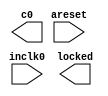
// This program was cloned from: https://github.com/jotego/jtcores
// License: GNU General Public License v3.0

// megafunction wizard: %ALTPLL%VBB%
// GENERATION: STANDARD
// VERSION: WM1.0
// MODULE: altpll 

// ============================================================
// Megafunction Name(s):
// 			altpll
//
// Simulation Library Files(s):
// 			altera_mf
// ============================================================
// ************************************************************
// THIS IS A WIZARD-GENERATED FILE. DO NOT EDIT THIS FILE!
//
// 22.1std.2 Build 922 07/20/2023 SC Lite Edition
// ************************************************************

//Copyright (C) 2023  Intel Corporation. All rights reserved.
//Your use of Intel Corporation's design tools, logic functions 
//and other software and tools, and any partner logic 
//functions, and any output files from any of the foregoing 
//(including device programming or simulation files), and any 
//associated documentation or information are expressly subject 
//to the terms and conditions of the Intel Program License 
//Subscription Agreement, the Intel Quartus Prime License Agreement,
//the Intel FPGA IP License Agreement, or other applicable license
//agreement, including, without limitation, that your use is for
//the sole purpose of programming logic devices manufactured by
//Intel and sold by Intel or its authorized distributors.  Please
//refer to the applicable agreement for further details, at
//https://fpgasoftware.intel.com/eula.

module jtframe_pll6293 (
	areset,
	inclk0,
	c0,
	locked);

	input	  areset;
	input	  inclk0;
	output	  c0;
	output	  locked;
`ifndef ALTERA_RESERVED_QIS
// synopsys translate_off
`endif
	tri0	  areset;
`ifndef ALTERA_RESERVED_QIS
// synopsys translate_on
`endif

endmodule

// ============================================================
// CNX file retrieval info
// ============================================================
// Retrieval info: PRIVATE: ACTIVECLK_CHECK STRING "0"
// Retrieval info: PRIVATE: BANDWIDTH STRING "1.000"
// Retrieval info: PRIVATE: BANDWIDTH_FEATURE_ENABLED STRING "1"
// Retrieval info: PRIVATE: BANDWIDTH_FREQ_UNIT STRING "MHz"
// Retrieval info: PRIVATE: BANDWIDTH_PRESET STRING "Low"
// Retrieval info: PRIVATE: BANDWIDTH_USE_AUTO STRING "1"
// Retrieval info: PRIVATE: BANDWIDTH_USE_PRESET STRING "0"
// Retrieval info: PRIVATE: CLKBAD_SWITCHOVER_CHECK STRING "0"
// Retrieval info: PRIVATE: CLKLOSS_CHECK STRING "0"
// Retrieval info: PRIVATE: CLKSWITCH_CHECK STRING "0"
// Retrieval info: PRIVATE: CNX_NO_COMPENSATE_RADIO STRING "1"
// Retrieval info: PRIVATE: CREATE_CLKBAD_CHECK STRING "0"
// Retrieval info: PRIVATE: CREATE_INCLK1_CHECK STRING "0"
// Retrieval info: PRIVATE: CUR_DEDICATED_CLK STRING "c0"
// Retrieval info: PRIVATE: CUR_FBIN_CLK STRING "c0"
// Retrieval info: PRIVATE: DEVICE_SPEED_GRADE STRING "Any"
// Retrieval info: PRIVATE: DIV_FACTOR0 NUMERIC "1"
// Retrieval info: PRIVATE: DUTY_CYCLE0 STRING "50.00000000"
// Retrieval info: PRIVATE: EFF_OUTPUT_FREQ_VALUE0 STRING "50.344002"
// Retrieval info: PRIVATE: EXPLICIT_SWITCHOVER_COUNTER STRING "0"
// Retrieval info: PRIVATE: EXT_FEEDBACK_RADIO STRING "0"
// Retrieval info: PRIVATE: GLOCKED_COUNTER_EDIT_CHANGED STRING "1"
// Retrieval info: PRIVATE: GLOCKED_FEATURE_ENABLED STRING "0"
// Retrieval info: PRIVATE: GLOCKED_MODE_CHECK STRING "0"
// Retrieval info: PRIVATE: GLOCK_COUNTER_EDIT NUMERIC "1048575"
// Retrieval info: PRIVATE: HAS_MANUAL_SWITCHOVER STRING "1"
// Retrieval info: PRIVATE: INCLK0_FREQ_EDIT STRING "27.000"
// Retrieval info: PRIVATE: INCLK0_FREQ_UNIT_COMBO STRING "MHz"
// Retrieval info: PRIVATE: INCLK1_FREQ_EDIT STRING "100.000"
// Retrieval info: PRIVATE: INCLK1_FREQ_EDIT_CHANGED STRING "1"
// Retrieval info: PRIVATE: INCLK1_FREQ_UNIT_CHANGED STRING "1"
// Retrieval info: PRIVATE: INCLK1_FREQ_UNIT_COMBO STRING "MHz"
// Retrieval info: PRIVATE: INTENDED_DEVICE_FAMILY STRING "Cyclone 10 LP"
// Retrieval info: PRIVATE: INT_FEEDBACK__MODE_RADIO STRING "1"
// Retrieval info: PRIVATE: LOCKED_OUTPUT_CHECK STRING "1"
// Retrieval info: PRIVATE: LONG_SCAN_RADIO STRING "1"
// Retrieval info: PRIVATE: LVDS_MODE_DATA_RATE STRING "Not Available"
// Retrieval info: PRIVATE: LVDS_MODE_DATA_RATE_DIRTY NUMERIC "0"
// Retrieval info: PRIVATE: LVDS_PHASE_SHIFT_UNIT0 STRING "deg"
// Retrieval info: PRIVATE: MIG_DEVICE_SPEED_GRADE STRING "Any"
// Retrieval info: PRIVATE: MIRROR_CLK0 STRING "0"
// Retrieval info: PRIVATE: MULT_FACTOR0 NUMERIC "1"
// Retrieval info: PRIVATE: NORMAL_MODE_RADIO STRING "0"
// Retrieval info: PRIVATE: OUTPUT_FREQ0 STRING "50.34400000"
// Retrieval info: PRIVATE: OUTPUT_FREQ_MODE0 STRING "1"
// Retrieval info: PRIVATE: OUTPUT_FREQ_UNIT0 STRING "MHz"
// Retrieval info: PRIVATE: PHASE_RECONFIG_FEATURE_ENABLED STRING "1"
// Retrieval info: PRIVATE: PHASE_RECONFIG_INPUTS_CHECK STRING "0"
// Retrieval info: PRIVATE: PHASE_SHIFT0 STRING "0.00000000"
// Retrieval info: PRIVATE: PHASE_SHIFT_STEP_ENABLED_CHECK STRING "0"
// Retrieval info: PRIVATE: PHASE_SHIFT_UNIT0 STRING "deg"
// Retrieval info: PRIVATE: PLL_ADVANCED_PARAM_CHECK STRING "0"
// Retrieval info: PRIVATE: PLL_ARESET_CHECK STRING "1"
// Retrieval info: PRIVATE: PLL_AUTOPLL_CHECK NUMERIC "1"
// Retrieval info: PRIVATE: PLL_ENHPLL_CHECK NUMERIC "0"
// Retrieval info: PRIVATE: PLL_FASTPLL_CHECK NUMERIC "0"
// Retrieval info: PRIVATE: PLL_FBMIMIC_CHECK STRING "0"
// Retrieval info: PRIVATE: PLL_LVDS_PLL_CHECK NUMERIC "0"
// Retrieval info: PRIVATE: PLL_PFDENA_CHECK STRING "0"
// Retrieval info: PRIVATE: PLL_TARGET_HARCOPY_CHECK NUMERIC "0"
// Retrieval info: PRIVATE: PRIMARY_CLK_COMBO STRING "inclk0"
// Retrieval info: PRIVATE: RECONFIG_FILE STRING "jtframe_pll6293.mif"
// Retrieval info: PRIVATE: SACN_INPUTS_CHECK STRING "0"
// Retrieval info: PRIVATE: SCAN_FEATURE_ENABLED STRING "1"
// Retrieval info: PRIVATE: SELF_RESET_LOCK_LOSS STRING "0"
// Retrieval info: PRIVATE: SHORT_SCAN_RADIO STRING "0"
// Retrieval info: PRIVATE: SPREAD_FEATURE_ENABLED STRING "0"
// Retrieval info: PRIVATE: SPREAD_FREQ STRING "50.000"
// Retrieval info: PRIVATE: SPREAD_FREQ_UNIT STRING "KHz"
// Retrieval info: PRIVATE: SPREAD_PERCENT STRING "0.500"
// Retrieval info: PRIVATE: SPREAD_USE STRING "0"
// Retrieval info: PRIVATE: SRC_SYNCH_COMP_RADIO STRING "0"
// Retrieval info: PRIVATE: STICKY_CLK0 STRING "1"
// Retrieval info: PRIVATE: SWITCHOVER_COUNT_EDIT NUMERIC "1"
// Retrieval info: PRIVATE: SWITCHOVER_FEATURE_ENABLED STRING "1"
// Retrieval info: PRIVATE: SYNTH_WRAPPER_GEN_POSTFIX STRING "0"
// Retrieval info: PRIVATE: USE_CLK0 STRING "1"
// Retrieval info: PRIVATE: USE_CLKENA0 STRING "0"
// Retrieval info: PRIVATE: USE_MIL_SPEED_GRADE NUMERIC "0"
// Retrieval info: PRIVATE: ZERO_DELAY_RADIO STRING "0"
// Retrieval info: LIBRARY: altera_mf altera_mf.altera_mf_components.all
// Retrieval info: CONSTANT: BANDWIDTH_TYPE STRING "AUTO"
// Retrieval info: CONSTANT: CLK0_DIVIDE_BY NUMERIC "3375"
// Retrieval info: CONSTANT: CLK0_DUTY_CYCLE NUMERIC "50"
// Retrieval info: CONSTANT: CLK0_MULTIPLY_BY NUMERIC "6293"
// Retrieval info: CONSTANT: CLK0_PHASE_SHIFT STRING "0"
// Retrieval info: CONSTANT: INCLK0_INPUT_FREQUENCY NUMERIC "37037"
// Retrieval info: CONSTANT: INTENDED_DEVICE_FAMILY STRING "Cyclone 10 LP"
// Retrieval info: CONSTANT: LPM_TYPE STRING "altpll"
// Retrieval info: CONSTANT: OPERATION_MODE STRING "NO_COMPENSATION"
// Retrieval info: CONSTANT: PLL_TYPE STRING "AUTO"
// Retrieval info: CONSTANT: PORT_ACTIVECLOCK STRING "PORT_UNUSED"
// Retrieval info: CONSTANT: PORT_ARESET STRING "PORT_USED"
// Retrieval info: CONSTANT: PORT_CLKBAD0 STRING "PORT_UNUSED"
// Retrieval info: CONSTANT: PORT_CLKBAD1 STRING "PORT_UNUSED"
// Retrieval info: CONSTANT: PORT_CLKLOSS STRING "PORT_UNUSED"
// Retrieval info: CONSTANT: PORT_CLKSWITCH STRING "PORT_UNUSED"
// Retrieval info: CONSTANT: PORT_CONFIGUPDATE STRING "PORT_UNUSED"
// Retrieval info: CONSTANT: PORT_FBIN STRING "PORT_UNUSED"
// Retrieval info: CONSTANT: PORT_INCLK0 STRING "PORT_USED"
// Retrieval info: CONSTANT: PORT_INCLK1 STRING "PORT_UNUSED"
// Retrieval info: CONSTANT: PORT_LOCKED STRING "PORT_USED"
// Retrieval info: CONSTANT: PORT_PFDENA STRING "PORT_UNUSED"
// Retrieval info: CONSTANT: PORT_PHASECOUNTERSELECT STRING "PORT_UNUSED"
// Retrieval info: CONSTANT: PORT_PHASEDONE STRING "PORT_UNUSED"
// Retrieval info: CONSTANT: PORT_PHASESTEP STRING "PORT_UNUSED"
// Retrieval info: CONSTANT: PORT_PHASEUPDOWN STRING "PORT_UNUSED"
// Retrieval info: CONSTANT: PORT_PLLENA STRING "PORT_UNUSED"
// Retrieval info: CONSTANT: PORT_SCANACLR STRING "PORT_UNUSED"
// Retrieval info: CONSTANT: PORT_SCANCLK STRING "PORT_UNUSED"
// Retrieval info: CONSTANT: PORT_SCANCLKENA STRING "PORT_UNUSED"
// Retrieval info: CONSTANT: PORT_SCANDATA STRING "PORT_UNUSED"
// Retrieval info: CONSTANT: PORT_SCANDATAOUT STRING "PORT_UNUSED"
// Retrieval info: CONSTANT: PORT_SCANDONE STRING "PORT_UNUSED"
// Retrieval info: CONSTANT: PORT_SCANREAD STRING "PORT_UNUSED"
// Retrieval info: CONSTANT: PORT_SCANWRITE STRING "PORT_UNUSED"
// Retrieval info: CONSTANT: PORT_clk0 STRING "PORT_USED"
// Retrieval info: CONSTANT: PORT_clk1 STRING "PORT_UNUSED"
// Retrieval info: CONSTANT: PORT_clk2 STRING "PORT_UNUSED"
// Retrieval info: CONSTANT: PORT_clk3 STRING "PORT_UNUSED"
// Retrieval info: CONSTANT: PORT_clk4 STRING "PORT_UNUSED"
// Retrieval info: CONSTANT: PORT_clk5 STRING "PORT_UNUSED"
// Retrieval info: CONSTANT: PORT_clkena0 STRING "PORT_UNUSED"
// Retrieval info: CONSTANT: PORT_clkena1 STRING "PORT_UNUSED"
// Retrieval info: CONSTANT: PORT_clkena2 STRING "PORT_UNUSED"
// Retrieval info: CONSTANT: PORT_clkena3 STRING "PORT_UNUSED"
// Retrieval info: CONSTANT: PORT_clkena4 STRING "PORT_UNUSED"
// Retrieval info: CONSTANT: PORT_clkena5 STRING "PORT_UNUSED"
// Retrieval info: CONSTANT: PORT_extclk0 STRING "PORT_UNUSED"
// Retrieval info: CONSTANT: PORT_extclk1 STRING "PORT_UNUSED"
// Retrieval info: CONSTANT: PORT_extclk2 STRING "PORT_UNUSED"
// Retrieval info: CONSTANT: PORT_extclk3 STRING "PORT_UNUSED"
// Retrieval info: CONSTANT: SELF_RESET_ON_LOSS_LOCK STRING "OFF"
// Retrieval info: CONSTANT: WIDTH_CLOCK NUMERIC "5"
// Retrieval info: USED_PORT: @clk 0 0 5 0 OUTPUT_CLK_EXT VCC "@clk[4..0]"
// Retrieval info: USED_PORT: areset 0 0 0 0 INPUT GND "areset"
// Retrieval info: USED_PORT: c0 0 0 0 0 OUTPUT_CLK_EXT VCC "c0"
// Retrieval info: USED_PORT: inclk0 0 0 0 0 INPUT_CLK_EXT GND "inclk0"
// Retrieval info: USED_PORT: locked 0 0 0 0 OUTPUT GND "locked"
// Retrieval info: CONNECT: @areset 0 0 0 0 areset 0 0 0 0
// Retrieval info: CONNECT: @inclk 0 0 1 1 GND 0 0 0 0
// Retrieval info: CONNECT: @inclk 0 0 1 0 inclk0 0 0 0 0
// Retrieval info: CONNECT: c0 0 0 0 0 @clk 0 0 1 0
// Retrieval info: CONNECT: locked 0 0 0 0 @locked 0 0 0 0
// Retrieval info: GEN_FILE: TYPE_NORMAL jtframe_pll6293.v TRUE
// Retrieval info: GEN_FILE: TYPE_NORMAL jtframe_pll6293.ppf TRUE
// Retrieval info: GEN_FILE: TYPE_NORMAL jtframe_pll6293.inc FALSE
// Retrieval info: GEN_FILE: TYPE_NORMAL jtframe_pll6293.cmp FALSE
// Retrieval info: GEN_FILE: TYPE_NORMAL jtframe_pll6293.bsf FALSE
// Retrieval info: GEN_FILE: TYPE_NORMAL jtframe_pll6293_inst.v FALSE
// Retrieval info: GEN_FILE: TYPE_NORMAL jtframe_pll6293_bb.v TRUE
// Retrieval info: LIB_FILE: altera_mf
// Retrieval info: CBX_MODULE_PREFIX: ON